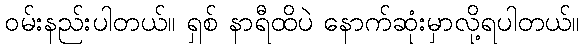
ဝမ်းနည်းပါတယ်။ ရှစ် နာရီထိပဲ နောက်ဆုံးမှာလို့ရပါတယ်။